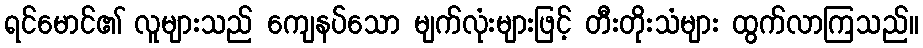
ရင်မောင်၏ လူများသည် ကျေနပ်သော မျက်လုံးများဖြင့် တီးတိုးသံများ ထွက်လာကြသည်။